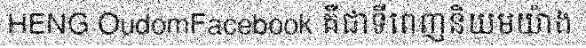
HENG OudomFacebook គឺជាទីពេញនិយមយ៉ាង